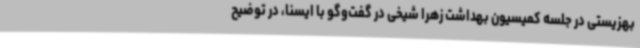
بهزیستی در جلسه کمیسیون بهداشت زهرا شیخی در گفت‌وگو با ایسنا، در توضیح